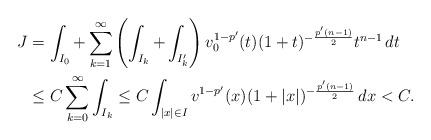
LaTeX: \begin{align*}J&= \int_{I_{0}}+ \sum_{k=1}^{\infty} \left( \int_{I_{k}}+\int_{I_{k}'} \right)v_0^{1-p'}(t)(1+t)^{-\frac{p'(n-1)}{2}}t^{n-1}\,dt\\& \le C\sum_{k=0}^{\infty} \int_{I_{k}} \le C\int_{|x|\in I}v^{1-p'}(x)(1+|x|)^{-\frac{p'(n-1)}{2}}\,dx<C.\end{align*}